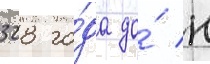
328 го́да до́ н